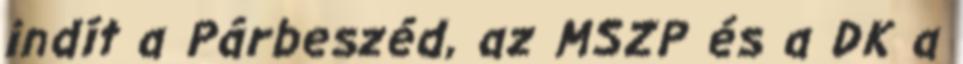
indít a Párbeszéd, az MSZP és a DK a